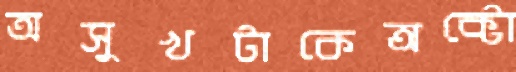
অসুখটাকেঅক্টো